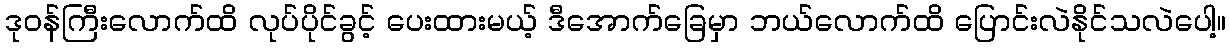
ဒုဝန်ကြီးလောက်ထိ လုပ်ပိုင်ခွင့် ပေးထားမယ့် ဒီအောက်ခြေမှာ ဘယ်လောက်ထိ ပြောင်းလဲနိုင်သလဲပေါ့။